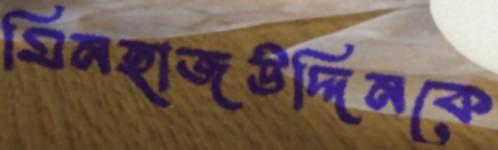
মিনহাজউদ্দিনকে